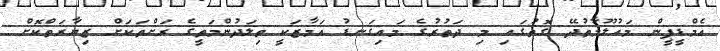
އެމްޑީޕީން މައުލޫމާތުދޭ ގޮތުގައި މި ދަތުރުގެ މައިގަނޑު އަމާޒަކީ ތިލަދުންމަތީގެ ރަށްތަކަށް ޒިޔާރަތްކޮށް